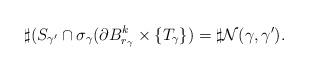
LaTeX: \begin{align*}\sharp(S_{\gamma'}\cap \sigma_{\gamma}(\partial B^k_{r_{\gamma}}\times\{T_{\gamma}\})=\sharp\mathcal{N}(\gamma,\gamma').\end{align*}